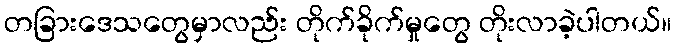
တခြားဒေသတွေမှာလည်း တိုက်ခိုက်မှုတွေ တိုးလာခဲ့ပါတယ်။